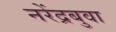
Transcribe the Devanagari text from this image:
नरेंद्रबुवा